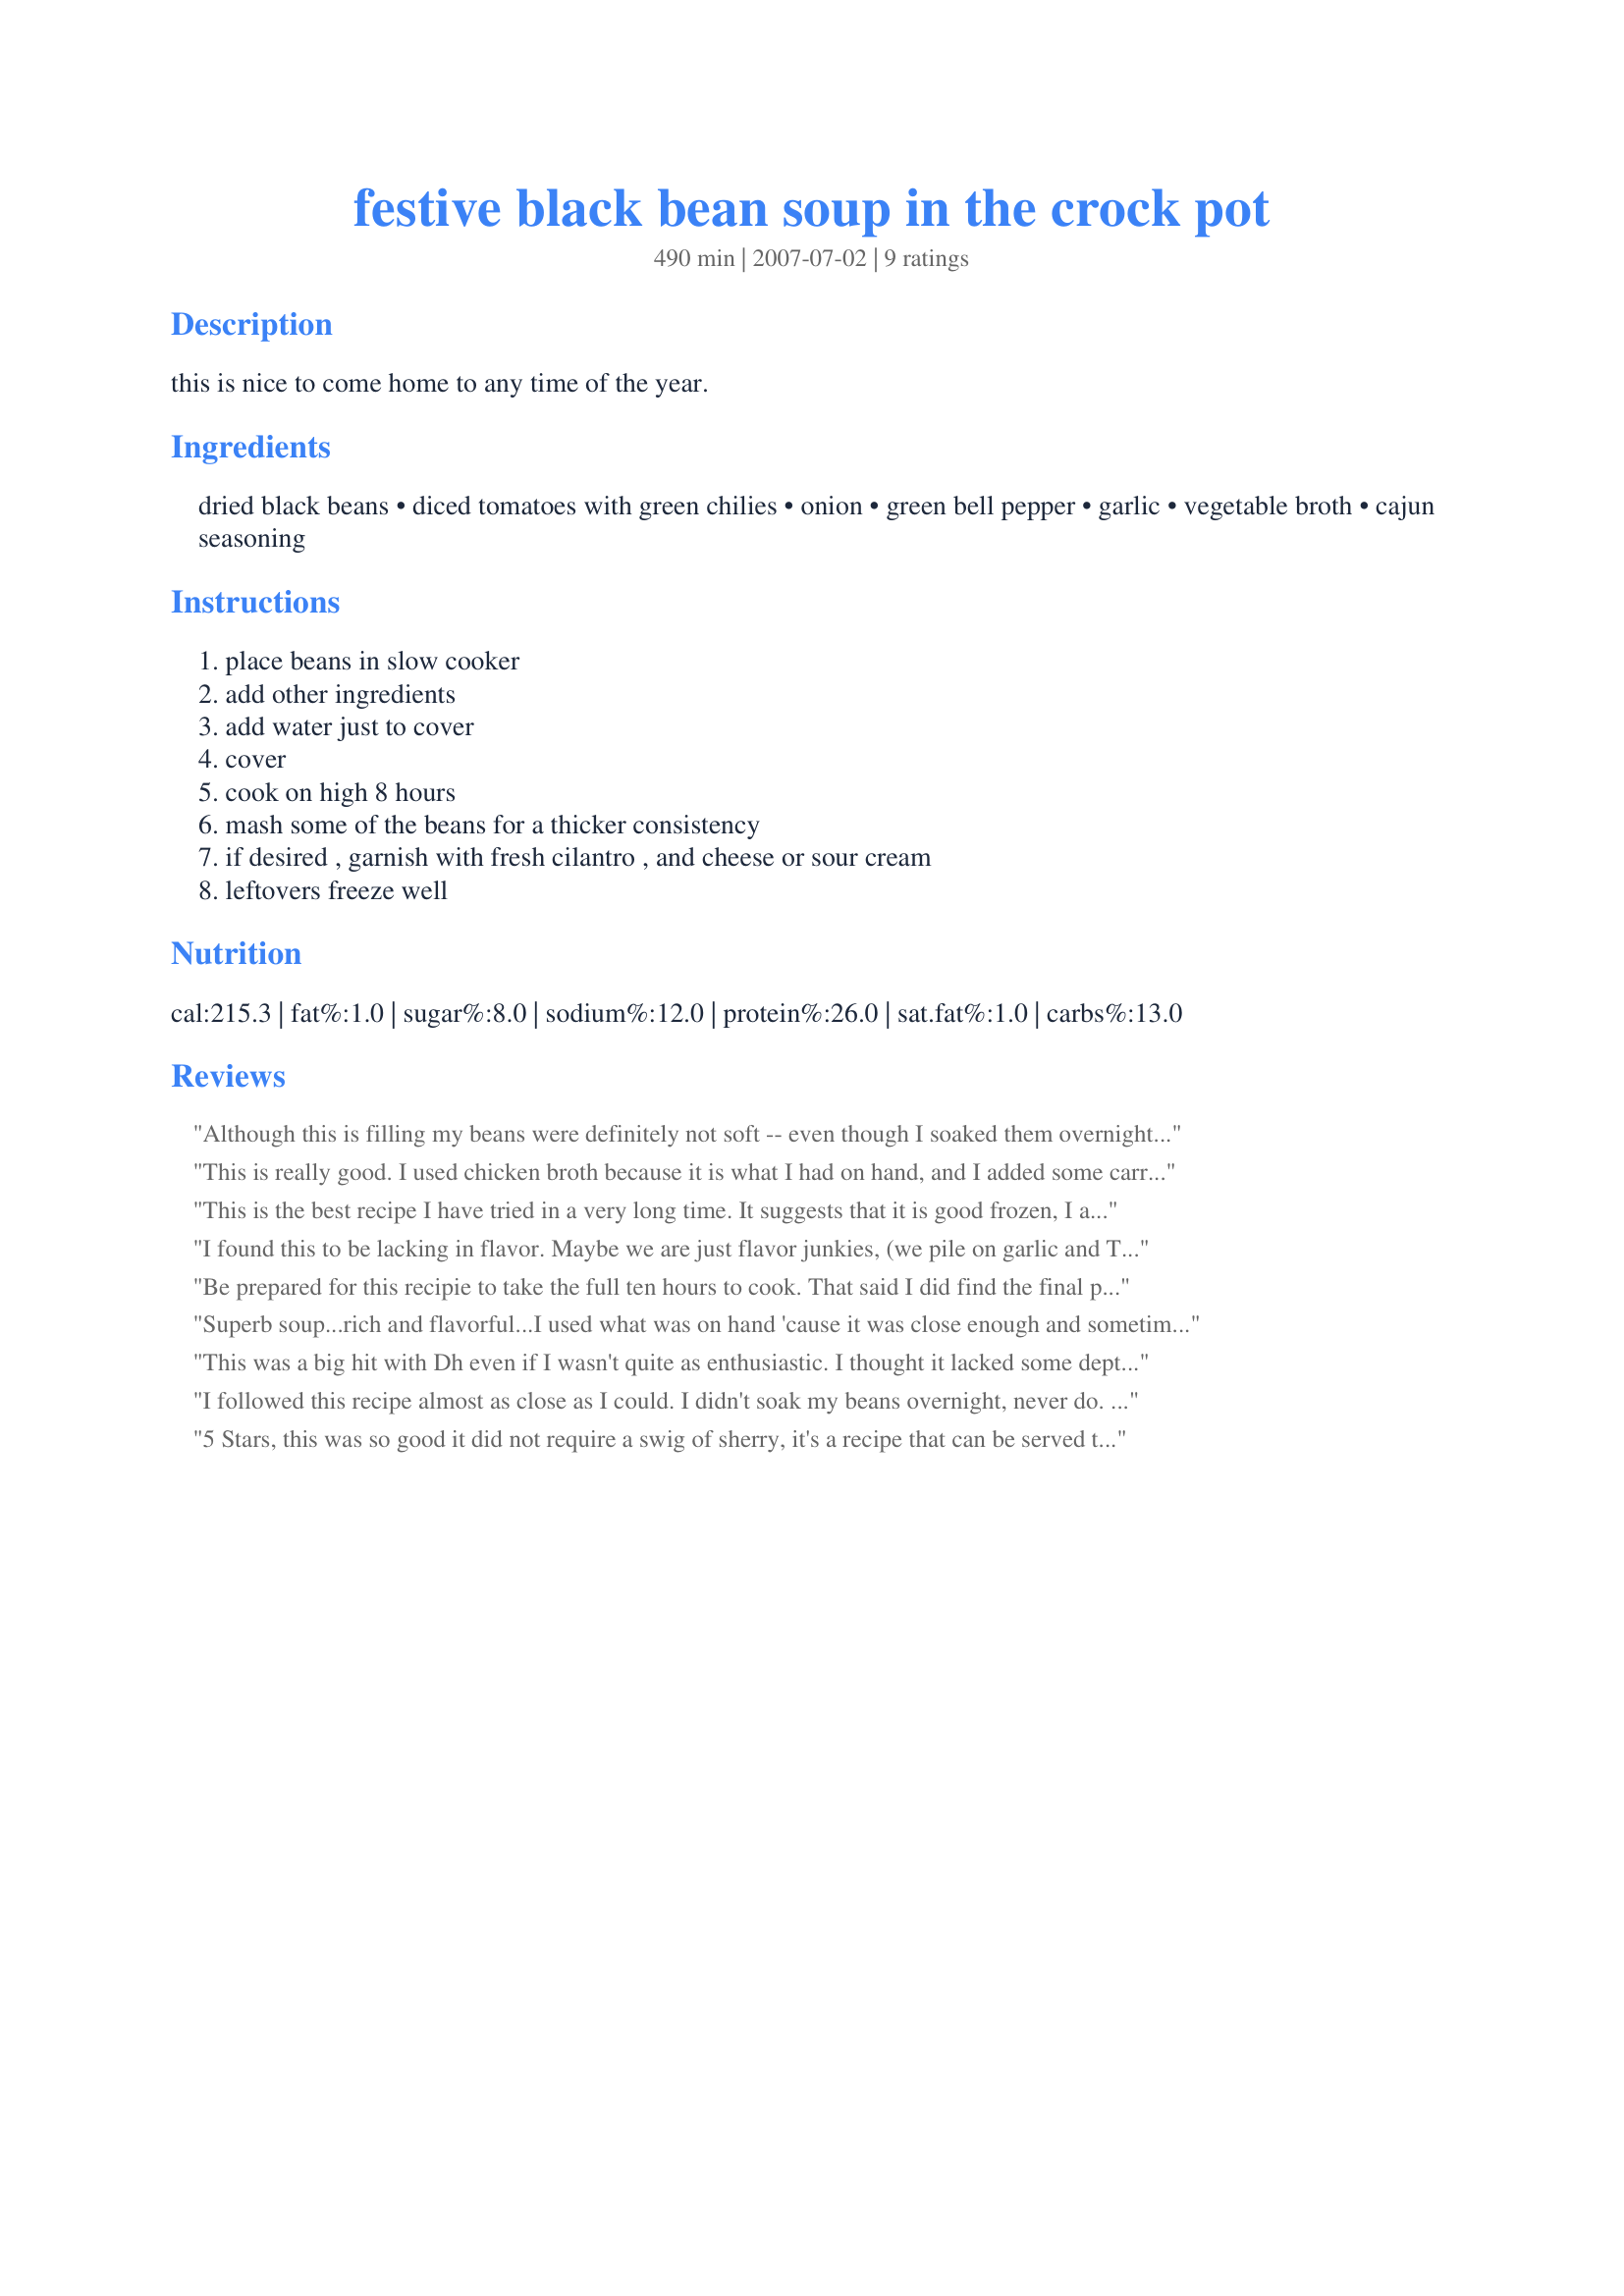
festive black bean soup in the crock pot
Preparation time: 490 minutes

this is nice to come home to any time of the year.

Ingredients:
dried black beans, diced tomatoes with green chilies, onion, green bell pepper, garlic, vegetable broth, cajun seasoning

Steps:
place beans in slow cooker, add other ingredients, add water just to cover, cover, cook on high 8 hours, mash some of the beans for a thicker consistency, if desired , garnish with fresh cilantro , and cheese or sour cream, leftovers freeze well

Reviews:
Although this is filling my beans were definitely not soft -- even though I soaked them overnight and cooked in the crockpot for 8 hours -- oh but when I re-read the recipe I was supposed to cook them on high for 8 hours -- so this is probably what happened. I'll try again cooking on high and if I have better luck will revise my review.
This is really good. I used chicken broth because it is what I had on hand, and I added some carrot, fresh jalepeno and a little cayenne pepper. YUM! ("Some Like It Hot" *wink*)
Thanks, Prose, for the recipe! It was great, but the photos weren't. ~Made for PAC FALL 07
This is the best recipe I have tried in a very long time. It suggests that it is good frozen, I admit that I have never frozen food that I have cooked, so I tried it and it tastes better after being frozen. Knowing my family's tastes, I add two bell peppers and two fresh jalepenos. I also rinse the tomatoes to reduce the sodium and use a natural, preservative free broth to make it healthier, but the recipe is already plenty healthy. I wish more recipes were as consistent as this one.
I found this to be lacking in flavor. Maybe we are just flavor junkies, (we pile on garlic and Tabasco) but this recipe was just to bland as is.
Be prepared for this recipie to take the full ten hours to cook. That said I did find the final product rather bland. Next time I think I will add more spices and maybe hotter peppers to give it more flavor. Bacon would be good to, but then it wouldn&#039;t be low cholesterol!
Superb soup...rich and flavorful...I used what was on hand 'cause it was close enough and sometimes a crock pot recipe should not require shopping at all- right {{:) ???}...used 2 8ounce cans of tomato sauce with chili...threw in extra peppers (sweet and hot), extra garlic...some carrot some dried chili peppers (dehydrated from last summer's garden} I like a play of sweet and heat- went all "Jackson Pollock" with my spices...couldn't even begin to list them- which is why I can never share recipes properly w/ peeps ...cinnamon and cocoa stick out :)...pureed half and returned to pot...served with cashew cream and pumpkin bread...delicious - Thank You Prose...Made for "I RED-OMMEND TAG"!!
This was a big hit with Dh even if I wasn't quite as enthusiastic. I thought it lacked some depth of flavor but Dh thought it was perfect as written. I'm rating it for my better half. I used recipe # 97429.
I followed this recipe almost as close as I could. I didn't soak my beans overnight, never do. Used Rotel tomatos (yum), substituted jalapeno (had no green pepper) and chicken broth (had no vegatable). Also didn't have any cajun seasoning so I added hot paprika, salt, pepper & cumin. Cooked on high for about three/four hours, added some water and turned to low for another five/six hours. I also used the immersion blender on about half of it. Very, very tasty. This is a VERY easy soup to put together with things that I usually have in my cabinet. Served with sour cream and grated cheese. This and some Mexican cornbread make a soul satisfying meal.
5 Stars, this was so good it did not require a swig of sherry, it's a recipe that can be served to carnivores without complaints. The Rotel (Original) tomatoes with mild green chiles added welcome zing. Used my immersion blender to thicken the soup's texture. Made for Veg*n Swap.
